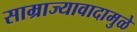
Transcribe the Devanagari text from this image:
साम्राज्यावादामुळे